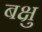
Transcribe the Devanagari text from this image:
बक्षु